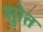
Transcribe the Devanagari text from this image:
सुोत